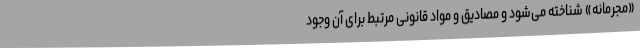
«مجرمانه» شناخته می‌شود و مصادیق و مواد قانونی مرتبط برای آن وجود